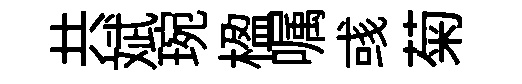
共斌琬楹嘱彧菊